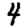
Digit: 4